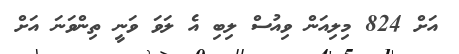
އަށް 824 މިލިއަން ވިއުސް ލިބި އެ ލަވަ ވަނީ ތިންވަނަ އަށް